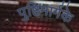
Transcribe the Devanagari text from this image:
पुष्टिमार्गके